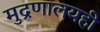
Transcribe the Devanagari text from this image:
मुद्रणालयही